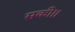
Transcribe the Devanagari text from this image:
सकी।।